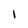
Character: I